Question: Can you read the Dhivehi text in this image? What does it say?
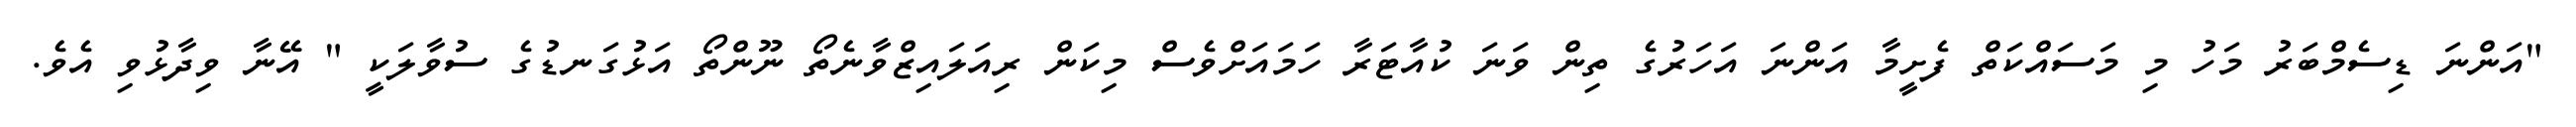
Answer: "އަންނަ ޑިސެމްބަރު މަހު މި މަސައްކަތް ފެށީމާ އަންނަ އަހަރުގެ ތިން ވަނަ ކުއާޓަރާ ހަމައަށްވެސް މިކަން ރިއަލައިޒްވާނެތޯ ނޫންތޯ އަޅުގަނޑުގެ ސުވާލަކީ " އޭނާ ވިދާޅުވި އެވެ.